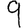
Digit: 9